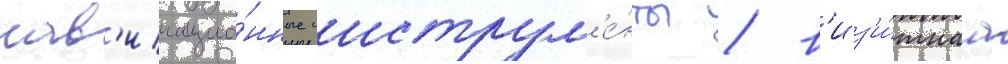
нав'игацио́нные инструм'е́нты / в'из'и́тнаа